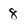
Character: 8